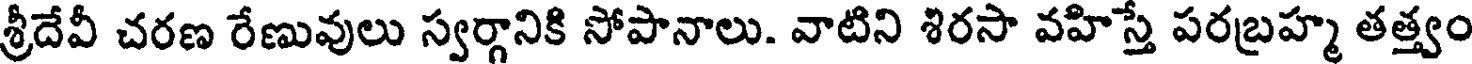
శ్రీదేవీ చరణ రేణువులు స్వర్గానికి సోపానాలు. వాటిని శిరసా వహిస్తే పరబ్రహ్మ తత్త్వం